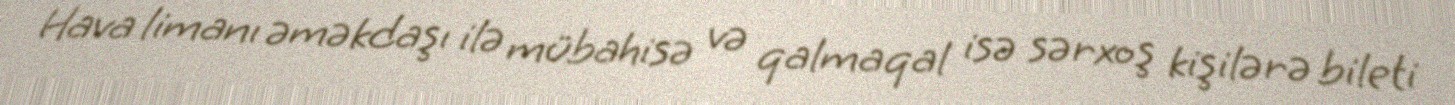
Hava limanı əməkdaşı ilə mübahisə və qalmaqal isə sərxoş kişilərə bileti